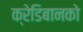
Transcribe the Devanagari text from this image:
क्रेडिबानको